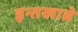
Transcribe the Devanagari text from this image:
इन्तखाबे